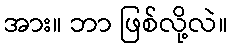
အား။ ဘာ ဖြစ်လို့လဲ။